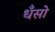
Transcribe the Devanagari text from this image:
धँसो